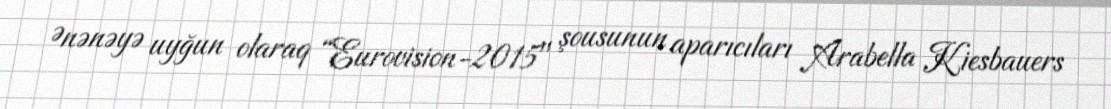
Ənənəyə uyğun olaraq “Eurovision-2015" şousunun aparıcıları Arabella Kiesbauers